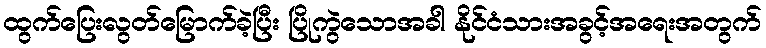
ထွက်ပြေးလွတ်မြောက်ခဲ့ပြီး ပြိုကွဲသောအခါ နိုင်ငံသားအခွင့်အရေးအတွက်